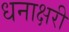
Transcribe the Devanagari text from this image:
धनाक्षरी